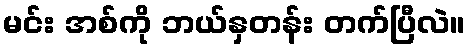
မင်း အစ်ကို ဘယ်နှတန်း တက်ပြီလဲ။